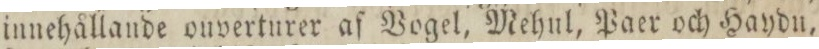
innehållande ouverturer af Vogel, Mehul, Paer och Haydu,